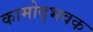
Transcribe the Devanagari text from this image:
कामोद्भवक